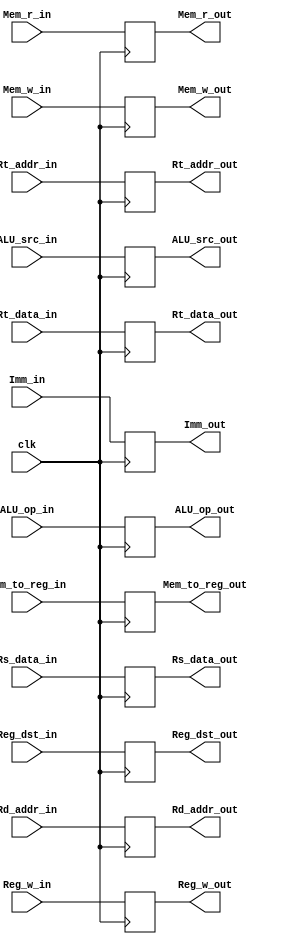
module ID_EX
(
    input [31:0] Rs_data_in, Rt_data_in,
    input [31:0] Imm_in,
    input [1:0] ALU_op_in,
    input [4:0] Rd_addr_in,
    input [4:0] Rt_addr_in,
    input ALU_src_in,
    input Reg_w_in,
    input Reg_dst_in, 
    input Mem_w_in,
    input Mem_r_in,
    input Mem_to_reg_in,
    input clk,
    output reg [31:0] Rs_data_out, Rt_data_out,
    output reg [31:0] Imm_out,
    output reg [4:0] Rd_addr_out,
    output reg [4:0] Rt_addr_out,
    output reg [1:0] ALU_op_out,
    output reg Reg_w_out,
    output reg ALU_src_out,
    output reg Reg_dst_out,
    output reg Mem_w_out,
    output reg Mem_r_out,
    output reg Mem_to_reg_out
);

    always @(negedge clk)
    begin
        Rs_data_out <= Rs_data_in;
        Rt_data_out <= Rt_data_in;
        Rd_addr_out <= Rd_addr_in;
        Rt_addr_out <= Rt_addr_in;
        ALU_op_out <= ALU_op_in;
        Reg_w_out <= Reg_w_in;
        Reg_dst_out <= Reg_dst_in;
        ALU_src_out <= ALU_src_in;
        Mem_w_out <= Mem_w_in;
        Mem_r_out <= Mem_r_in;
        Mem_to_reg_out <= Mem_to_reg_in;
        Imm_out <= Imm_in;
    end

endmodule